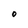
Character: O